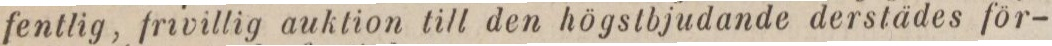
fentlig, frivillig auktion till den högstbjudande derstädes för-